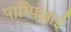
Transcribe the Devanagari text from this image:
पाम्पिआई